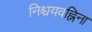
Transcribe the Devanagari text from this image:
निश्चयवह्निना